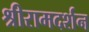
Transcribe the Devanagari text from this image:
श्रीरामदर्शन